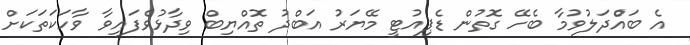
އެ ބައްެދަލުވުމާ ބެހޭ ގޮތުން ޑެޕިއުޓީ މޭޔަރު އަބްދު ތޮއްޔިބް ވިދާޅުވެފައިވާ ވާހަކަތަކަށް